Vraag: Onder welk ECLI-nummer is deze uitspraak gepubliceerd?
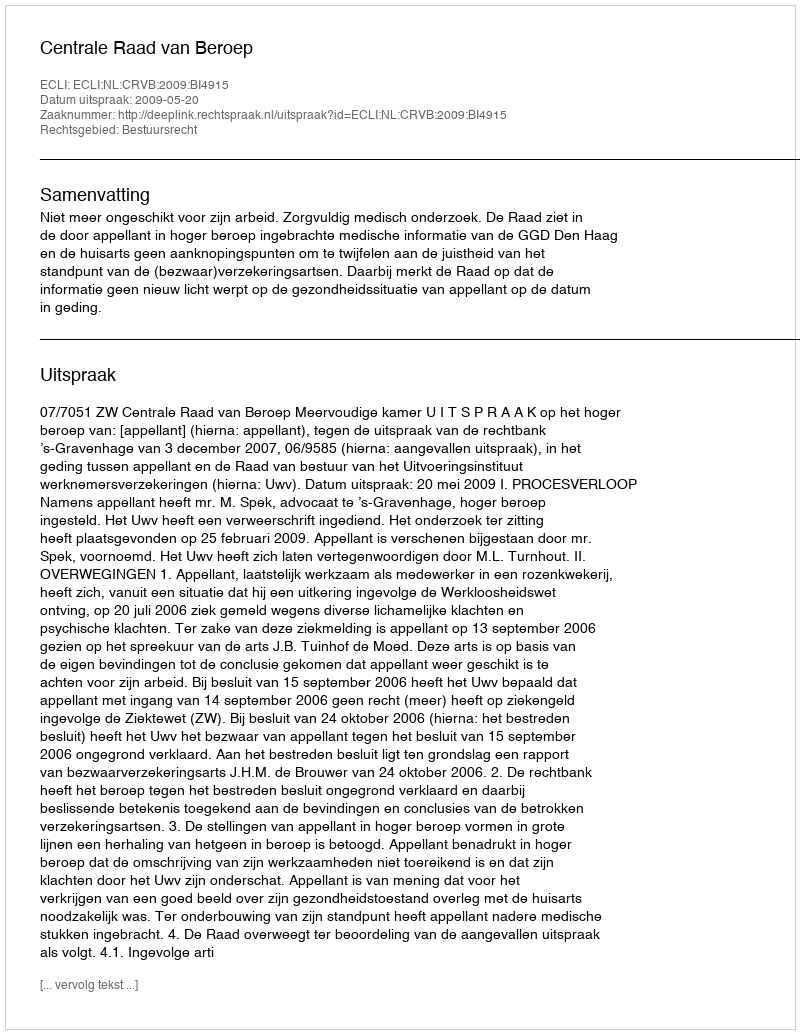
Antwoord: ECLI:NL:CRVB:2009:BI4915